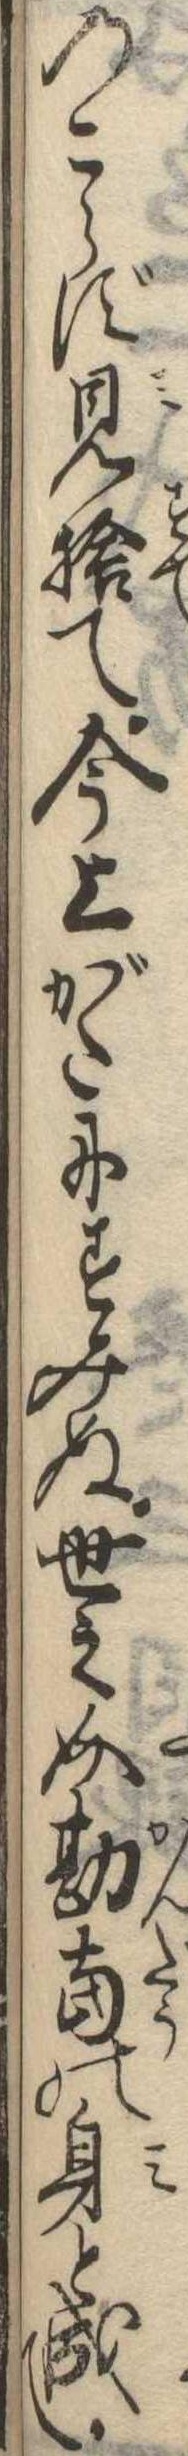
のこらず見捨て今上がたにすみぬ世之介勘当の身と成て